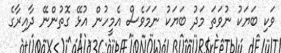
ވަކި ބަޔަކު ނުވަތަ މަދު ބަޔަކު ނަމަވެސް އެމީހުން އުޅޭ ގޮތުންނޭ ދާއިރާގެ